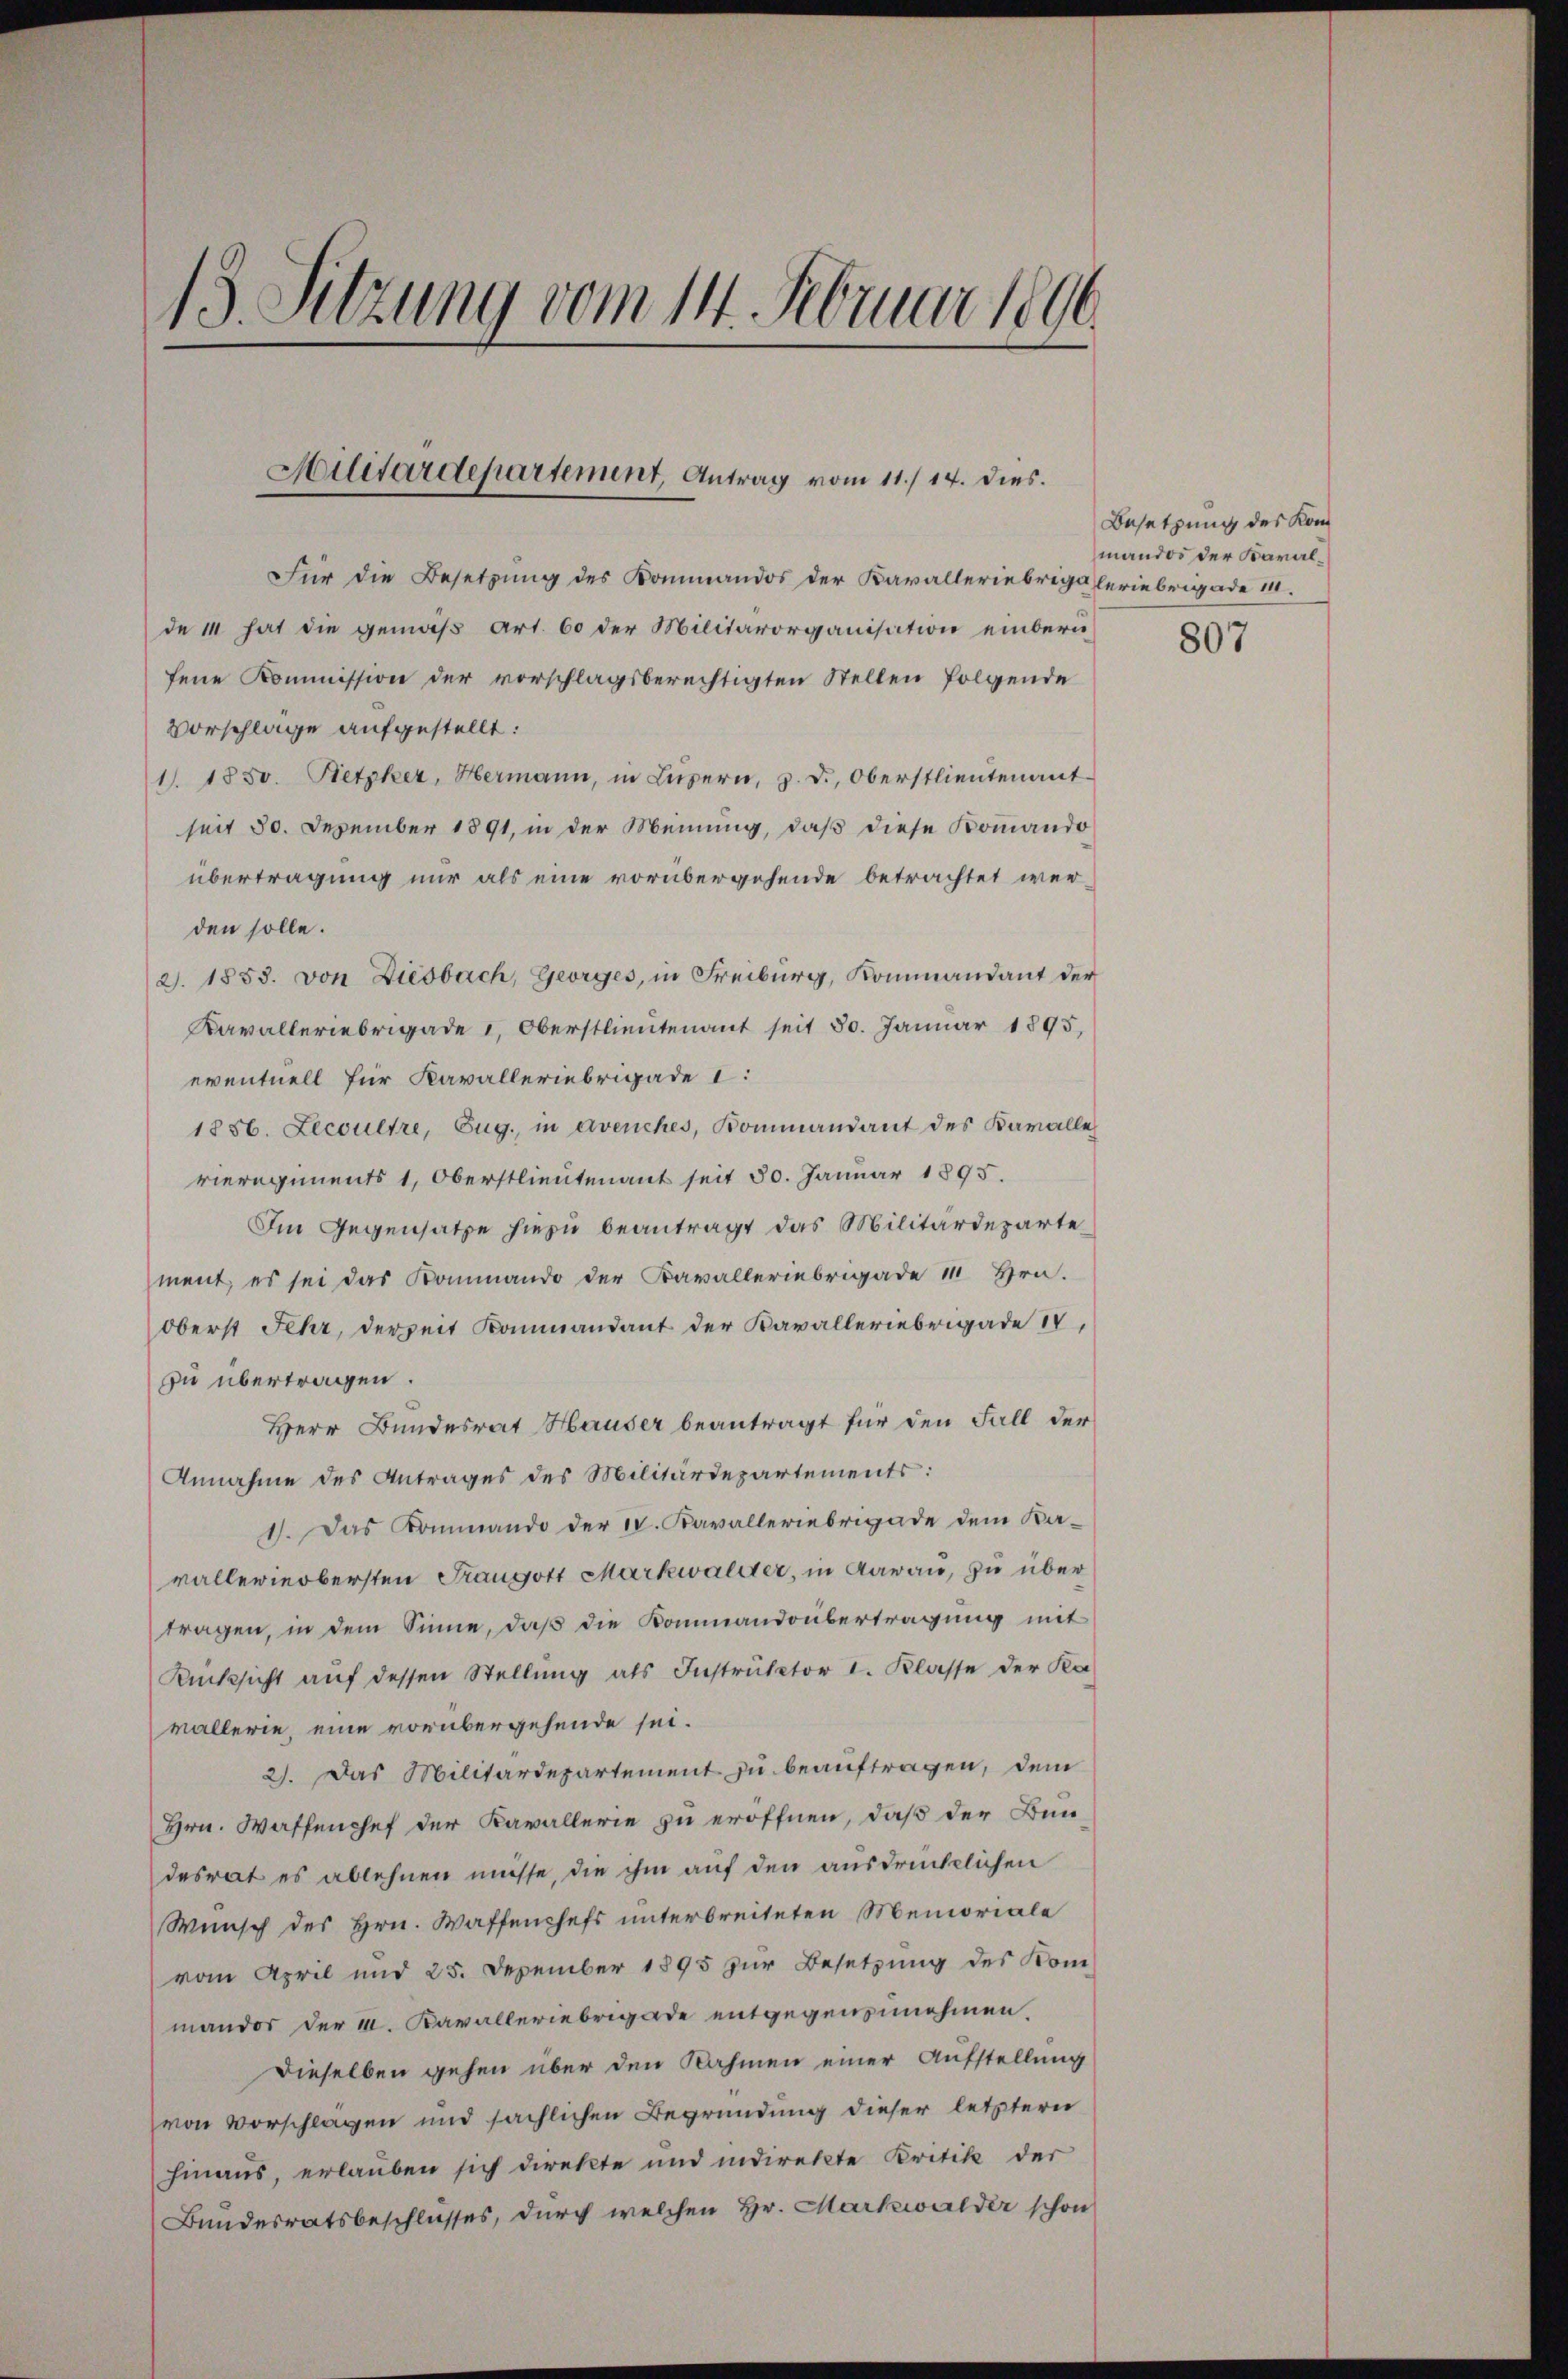
13. Sitzung vom 14. Februar 1896.

Hilitärdepartement, Antrag vom 11./14. dies.

Für die Besetzung des Kommandos der Kavalleriebrigaleriebrigade 11.
de 14 hat die gemäß Art. 60 der Militärorganisation einbern
fene Kommission der vorschlagsberechtigten Stellen folgende
Vorschlage aufgestellt:
1). 1850. Retzker, Hermann, in Lŭzern, z. d. Oberstlieutenant
seit 30. Dezember 1891, in der Meinung, daß diese Kommando
übertragung nur als eine vorübergehende betrachtet werden solle.
2. 1853. von Diesbach, Georges, in Freiburg, Kommandant der
Kavalleriebrigade , Oberstlieutenant seit 30. Januar 1895,
eventuell für Kavalleriebrigade 1:
1886. Lecoultre, Zug., in Avenches, Kommandant des Kavalle
rieregiments 1, Oberstlieutenant seit 30. Januar 1895.
Im Gegensatze hiezu beantragt das Militärdeparte
ment, es sei das Kommando der Kavalleriebrigade 11 Hrn.
oberst Fehr, derzeit Kommandant der Kavalleriebrigade
zu übertragen.
Herr Bundesrat Hauser beantragt für den Fall der
Annahme des Antrages des Militärdepartements:
1). Das Kommando der u. Kavalleriebrigade dem Ka-
vallerinobersten Traugott Markwalder, in darau, zu über
tragen, in dem Sinne, daβ die Kommandoübertragung mit
Rücksicht auf dessen Stellung als Instruktor I. Klasse der Ka
vallerie, eine vorübergehende sei.
2). Das Militärdepartement zu beauftragen, dem
Hrn. Waffenchef der Kavallerie zu eröffnen, daß der Bun-
desrat es ablehnen müsse, die ihm auf den ausdrücklichen
Wunsch des Hrn. Waffenchefs unterbreiteten Memoriale
vom April und 25. Dezember 1895 zur Besetzung des Kom-
mandos der II. Kavalleriebrigade entgegenzunehmen.
Dieselben gehen über den Nahmen einer Aufstellung
von Vorschlagen und sächlichen Begründung dieser letztern
hinaus, erlauben sich direkte und indirekte Kritik der
Bundesratsbeschlusses, durch welchen Hr. Markwalder schon

Besetzung des Kommandos der Baral¬

807